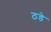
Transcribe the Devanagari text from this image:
ठडे